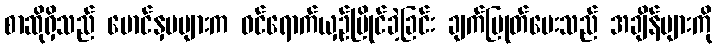
စာဆိုရှိသည် မောင်နှမများက ဝင်ရောက်ယှဉ်ပြိုင်ခဲ့ခြင်း ချက်ပြုတ်ပေးသည် အချိန်များကို